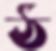
ঠ